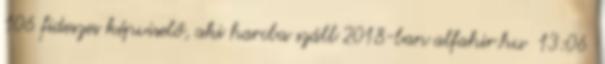
106 fideszes képviselő, aki harcba száll 2018-ban alfahir.hu 13:06